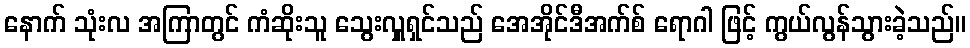
နောက် သုံးလ အကြာတွင် ကံဆိုးသူ သွေးလှူရှင်သည် အေအိုင်ဒီအက်စ် ရောဂါ ဖြင့် ကွယ်လွန်သွားခဲ့သည်။